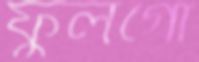
ফুলগো